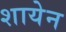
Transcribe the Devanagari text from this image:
शायेन